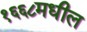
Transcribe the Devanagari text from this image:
१६६८मधील